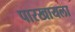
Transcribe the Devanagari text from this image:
पारखायला